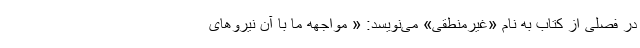
در فصلی از کتاب به نام «غیرمنطقی» می‌نویسد: « مواجهه ما با آن نیروهای